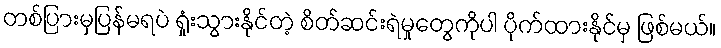
တစ်ပြားမှပြန်မရပဲ ရှုံးသွားနိုင်တဲ့ စိတ်ဆင်းရဲမှုတွေကိုပါ ပိုက်ထားနိုင်မှ ဖြစ်မယ်။